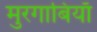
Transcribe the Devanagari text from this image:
मुरगाबियाँ